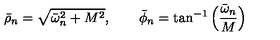
\bar { \rho } _ { n } = \sqrt { \bar { \omega } _ { n } ^ { 2 } + M ^ { 2 } } , \qquad \bar { \phi } _ { n } = \tan ^ { - 1 } \left( { \frac { \bar { \omega } _ { n } } { M } } \right)